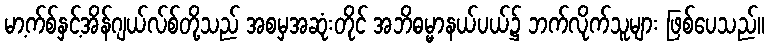
မာ့က်စ်နှင့်အိန်ဂျယ်လ်စ်တို့သည် အစမှအဆုံးတိုင် အဘိဓမ္မာနယ်ပယ်၌ ဘက်လိုက်သူများ ဖြစ်ပေသည်။